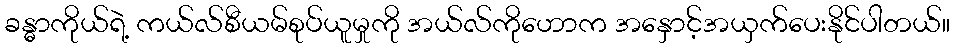
ခန္ဓာကိုယ်ရဲ့ ကယ်လ်စီယမ်စုပ်ယူမှုကို အယ်လ်ကိုဟောက အနှောင့်အယှက်ပေးနိုင်ပါတယ်။